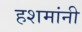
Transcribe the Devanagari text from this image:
हशमांनी